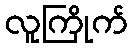
လူကြိုက်